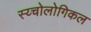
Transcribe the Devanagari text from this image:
स्य्चोलोगिकल